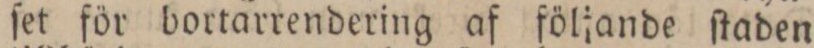
ſet för bortarrendering af följande ſtaden